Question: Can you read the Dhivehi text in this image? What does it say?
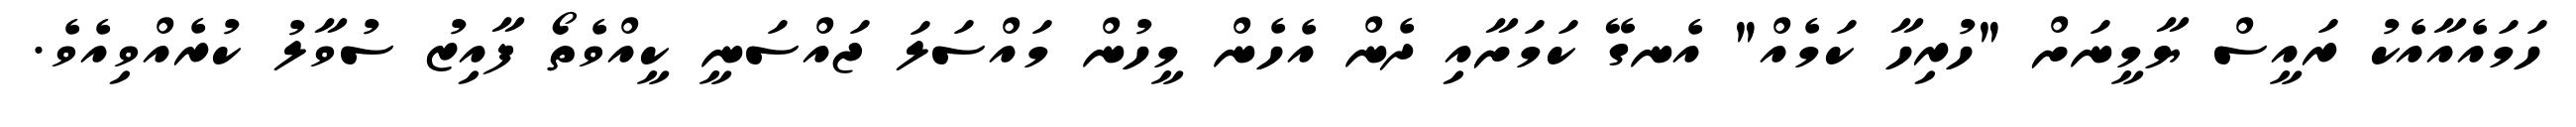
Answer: ހަމައެއާއެކު ރައީސް ޔާމީނަށް "ހުރިހާ ކަމެއް" އެނގޭ ކަމަށާއި ދެން އެހެން މީހުން މައްސަލަ ޖައްސަނީ ކީއްވެތޯ ފާއިޒު ސުވާލު ކުރެއްވިއެވެ.